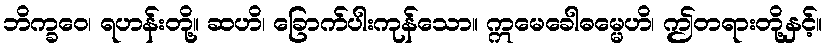
ဘိက္ခဝေ၊ ရဟန်းတို့။ ဆဟိ၊ ခြောက်ပါးကုန်သော။ ဣမေခေါဓမ္မေဟိ၊ ဤတရားတို့နှင့်။